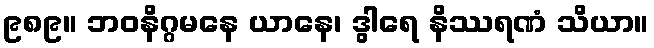
၉၈၉။ ဘဝနိဂ္ဂမနေ ယာနေ၊ ဒွါရေ နိဿရဏံ သိယာ။